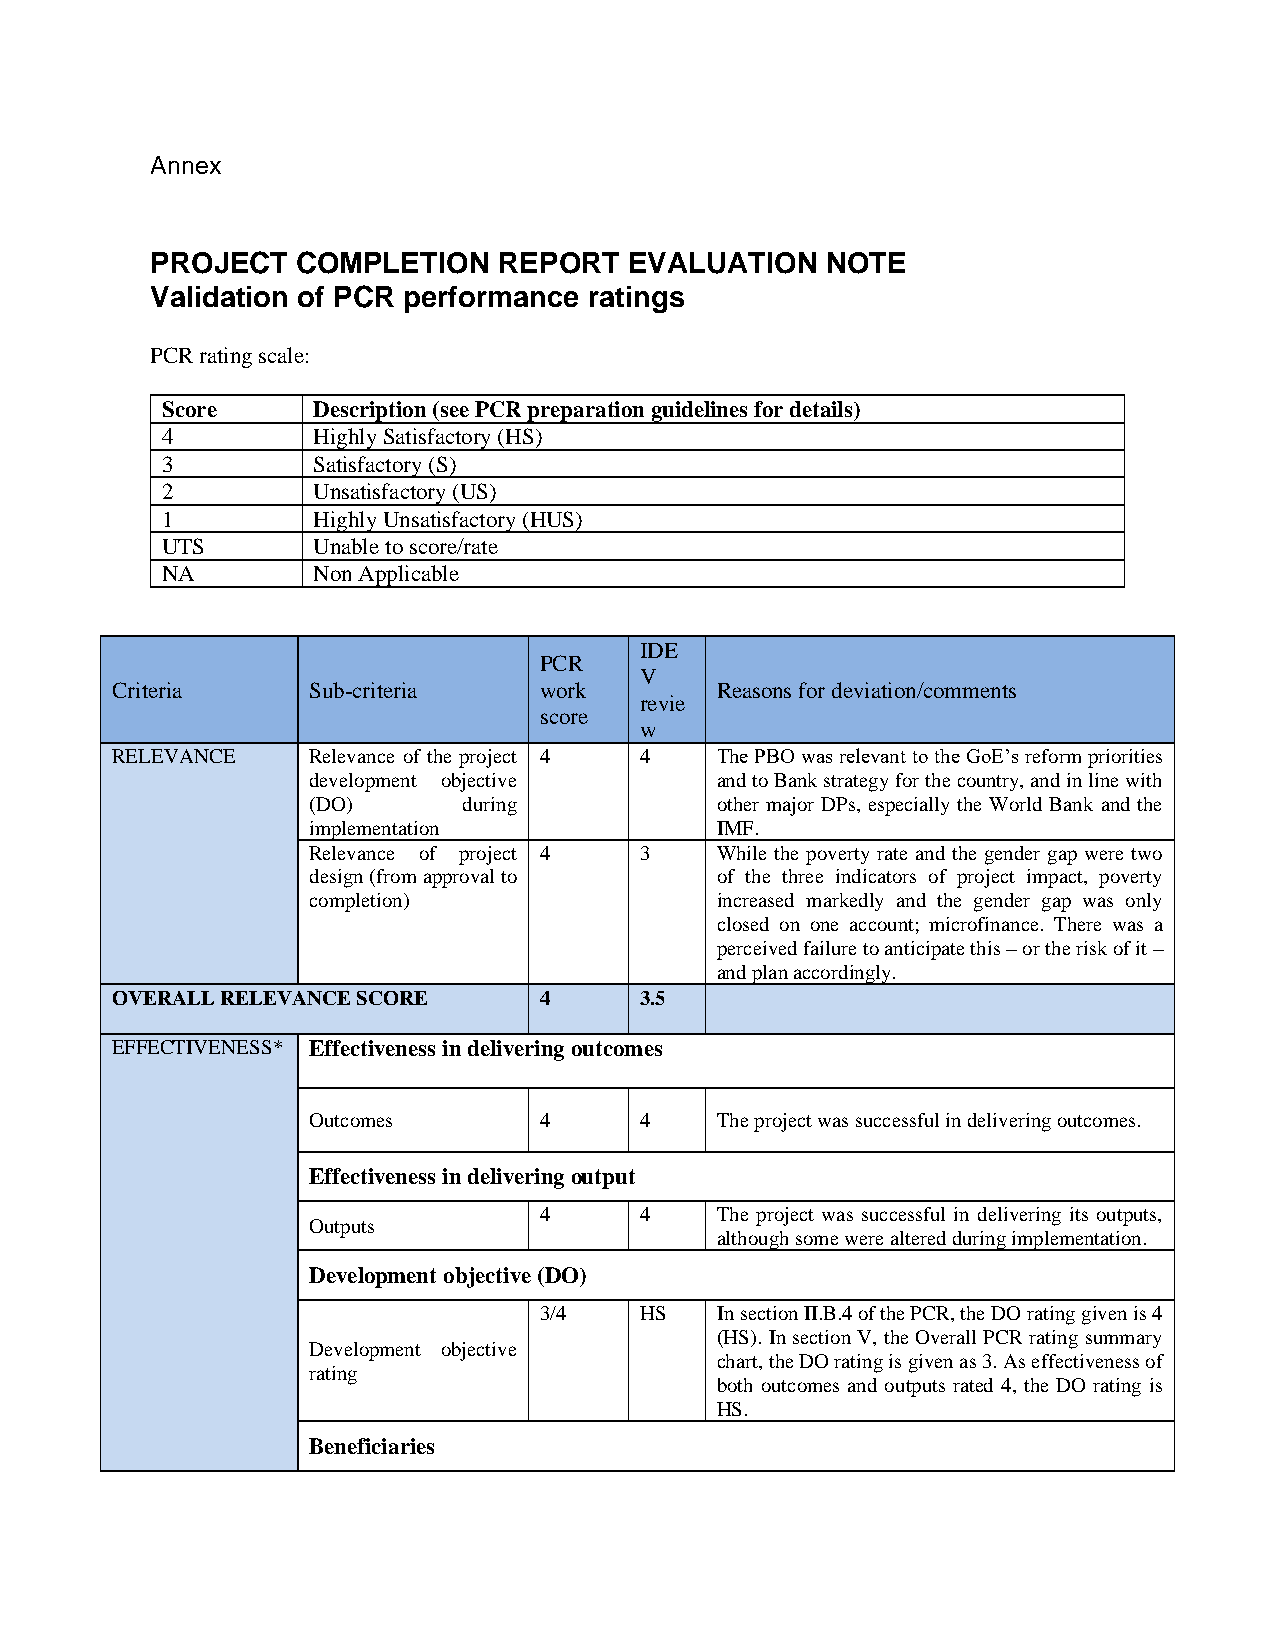
Annex
 PROJECT   COMPLETION   REPORT   EVALUATION   NOTE
 Validation of PCR performance ratings
 PCR rating scale:
 Score     Description (see PCR preparation guidelines for details)
 4         Highly Satisfactory (HS)
 3         Satisfactory (S)
 2         Unsatisfactory (US)
 1         Highly Unsatisfactory (HUS)
 UTS       Unable to score/rate
 NA        Non Applicable
 IDE
 PCR
 V
 Criteria     Sub-criteria    work       Reasons for deviation/comments
 revie
 score
 w
 RELEVANCE    Relevance of the project 4 4 The PBO was relevant to the GoE’s reform priorities
 development objective      and to Bank strategy for the country, and in line with
 (DO)       during          other major DPs, especially the World Bank and the
 implementation             IMF.
 Relevance of project 4 3   While the poverty rate and the gender gap were two
 design (from approval to   of the three indicators of project impact, poverty
 completion)                increased markedly and the gender gap was only
 closed on one account; microfinance. There was a
 perceived failure to anticipate this – or the risk of it –
 and plan accordingly.
 OVERALL RELEVANCE SCORE      4     3.5
 EFFECTIVENESS* Effectiveness in delivering outcomes
 Outcomes        4     4    The project was successful in delivering outcomes.
 Effectiveness in delivering output
 4     4    The project was successful in delivering its outputs,
 Outputs
 although some were altered during implementation.
 Development objective (DO)
 3/4   HS   In section II.B.4 of the PCR, the DO rating given is 4
 (HS). In section V, the Overall PCR rating summary
 Development objective
 chart, the DO rating is given as 3. As effectiveness of
 rating
 both outcomes and outputs rated 4, the DO rating is
 HS.
 Beneficiaries